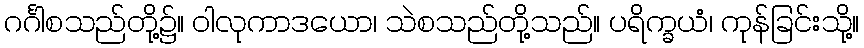
ဂင်္ဂါစသည်တို့၌။ ဝါလုကာဒယော၊ သဲစသည်တို့သည်။ ပရိက္ခယံ၊ ကုန်ခြင်းသို့။